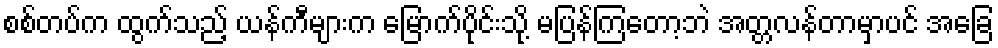
စစ်တပ်က ထွက်သည့် ယန်ကီများက မြောက်ပိုင်းသို့ မပြန်ကြတော့ဘဲ အတ္တလန်တာမှာပင် အခြေ